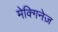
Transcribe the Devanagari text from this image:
मेक्गिनेज़